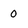
Character: 0